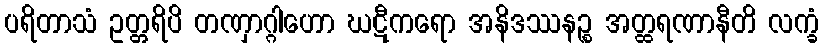
ပရိတာသံ ဥတ္တရိပိ တဏှာဂ္ဂါဟော ဃဋီကရော အနိဒဿနဉ္စ အတ္ထရဏာနီတိ လက္ခံ